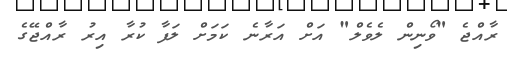
ރާއްޖެ "ވޯނިން ލެވެލް" އަށް އަރާނެ ކަމަށް ލަފާ ކުރާ އިރު ރާއްޖޭގެ